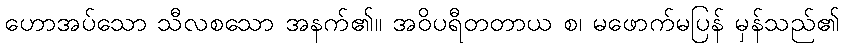
ဟောအပ်သော သီလစသော အနက်၏။ အဝိပရီတတာယ စ၊ မဖောက်မပြန် မှန်သည်၏